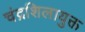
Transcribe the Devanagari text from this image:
चंद्रशिलायुक्त